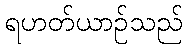
ရဟတ်ယာဉ်သည်